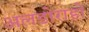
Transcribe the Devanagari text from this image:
अलडोराडो